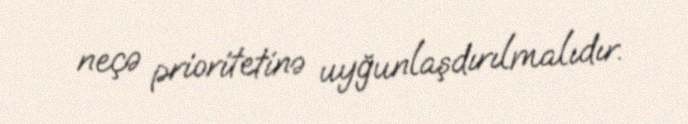
neçə prioritetinə uyğunlaşdırılmalıdır.